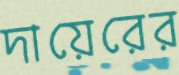
দায়েরের